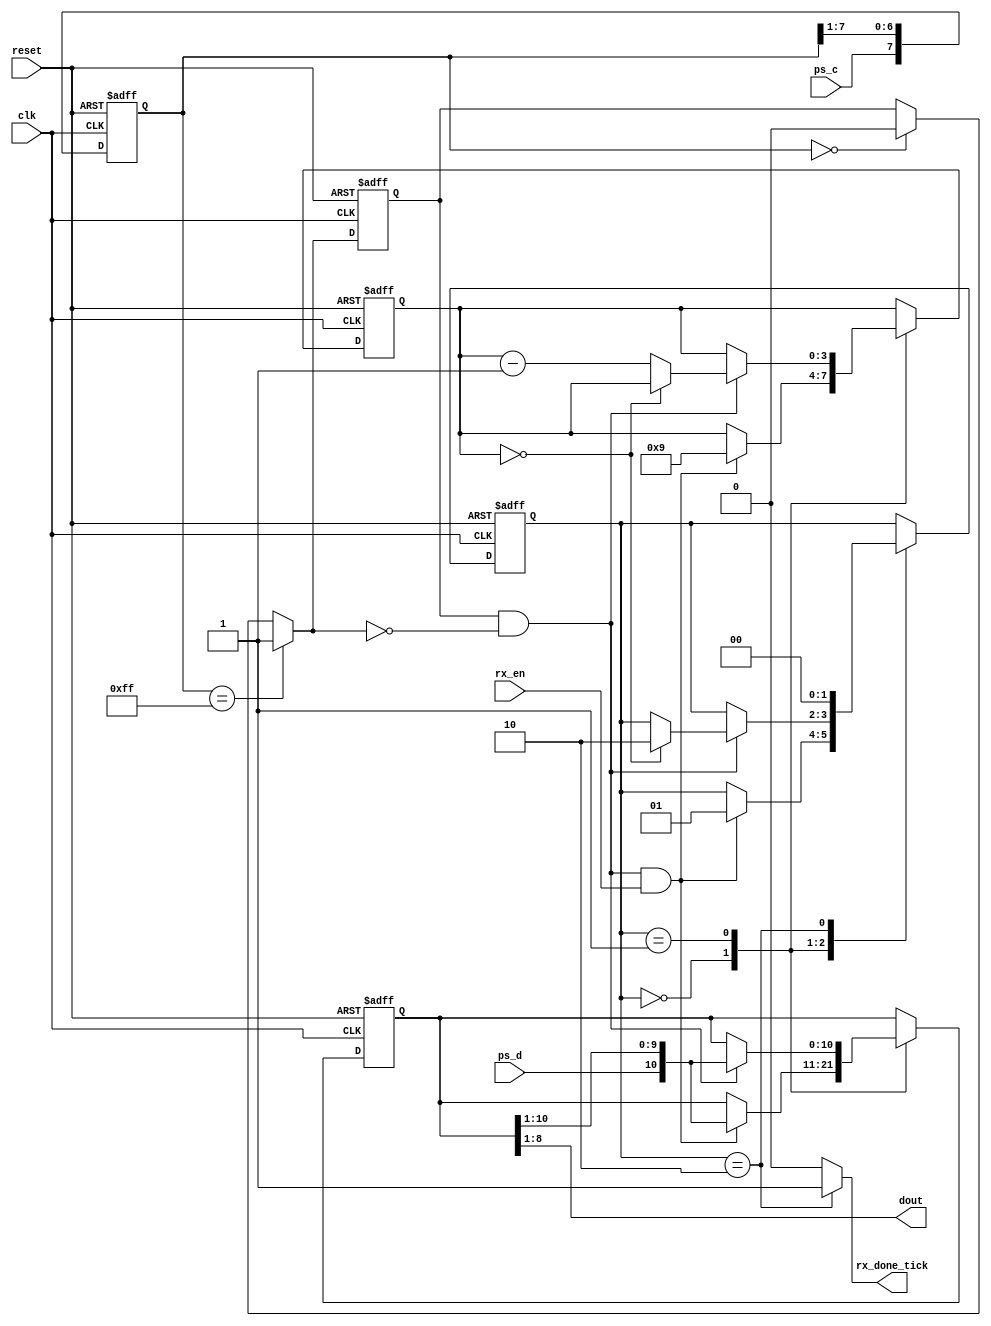
module ps_keyboard(clk,reset,rx_en,ps_c,ps_d,rx_done_tick,dout);
input clk,reset,rx_en;
input ps_c,ps_d;
output wire [7:0] dout;
localparam [1:0] 
idle=2'b00,
dps=2'b01,
load=2'b10; 

reg [1:0] state_reg,state_next;
reg [7:0] filter_reg;
wire [7:0] filter_next; 
reg psc_reg;
wire psc_next;
reg [10:0] b_reg,b_next;
reg [3:0] n_reg,n_next;
output reg rx_done_tick;
wire fallen_edge;

//neg edge detection and filteration 
always @(posedge clk or posedge reset)
	if(reset)
	begin
		filter_reg=0;
		psc_reg=0;
	end
	else
	begin
		filter_reg=filter_next;
		psc_reg=psc_next;
	end

assign filter_next={ps_c,filter_reg[7:1]};
assign psc_next=(filter_reg==8'b11111111)? 1'b1:(filter_reg==8'b00000000)? 1'b0: psc_reg;
assign fallen_edge=psc_reg && !psc_next;
//
always @(posedge clk or posedge reset)
	if(reset)
	begin
		state_reg=idle;
		b_reg=0;
		n_reg=0;
		
	end
	else 
	begin
		state_reg=state_next;
		b_reg=b_next; 
		n_reg=n_next;
	end
always @*
begin
	rx_done_tick=0;
	state_next=state_reg;
	b_next=b_reg;
	n_next=n_reg;
	case(state_reg)
		idle: 
			if(fallen_edge && rx_en)
			begin
				b_next={ps_d,b_reg[10:1]};
				n_next=4'b1001;
				state_next=dps;
			end	
		dps:
			if(fallen_edge)
				begin
				b_next={ps_d,b_reg[10:1]};
				if(n_reg==0)
				state_next=load;
				else 
				n_next=n_reg-1;
				end
		load:
			begin
			rx_done_tick=1;
			state_next=idle;
			end
	endcase
end
assign dout=b_reg[8:1];
endmodule